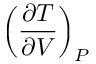
\left( { \frac { \partial T } { \partial V } } \right) _ { P }